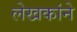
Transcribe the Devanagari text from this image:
लेखकांने